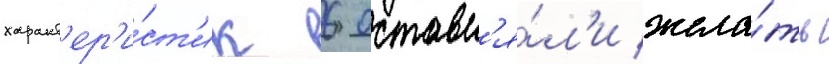
характ'ер'и́ст'ик 6 оставл'я́л'и жела́ть